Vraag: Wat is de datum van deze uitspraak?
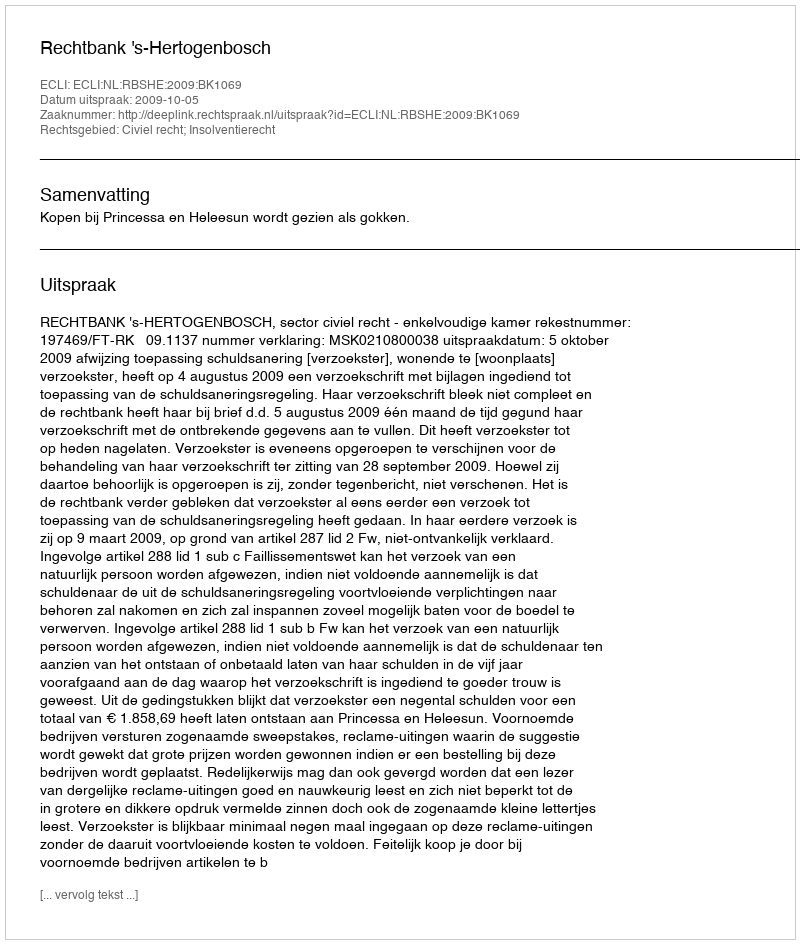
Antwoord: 2009-10-05